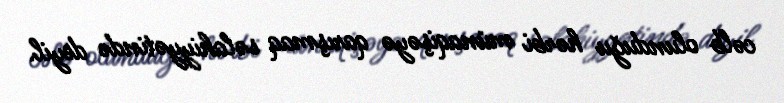
cəlb olunduğu hərbi münaqişəyə qarışmaq səlahiyyətində deyil.